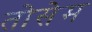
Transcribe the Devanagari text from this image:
तोसेम